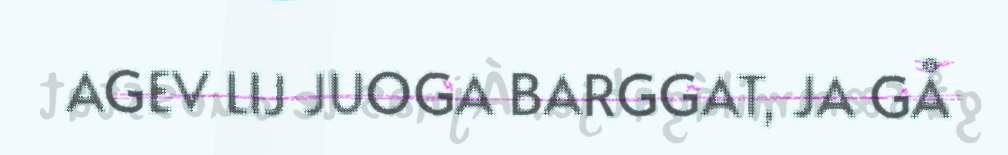
AGEV LIJ JUOGA BARGGAT, JA GÅ